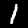
Label: 1